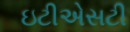
ઇટીએસટી